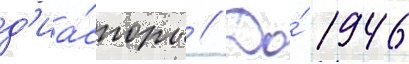
д'иа́споры // До́ 1946